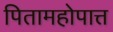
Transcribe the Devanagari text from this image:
पितामहोपात्त